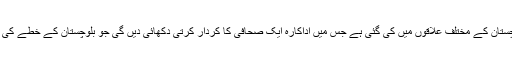
’ڈھائی چال‘ کی عکس بندی پاکستان کے صوبہ بلوچستان کے مختلف علاقوں میں کی گئی ہے جس میں اداکارہ ایک صحافی کا کردار کرتی دکھائی دیں گی جو بلوچستان کے خطے کی اصل تصویر پیش کرنے کے لیے کوشاں رہتی ہے۔